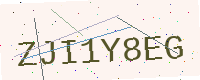
Text: ZJI1Y8EG